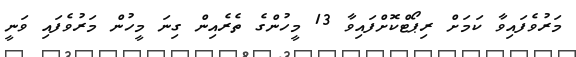
މަރުވެފައިވާ ކަމަށް ރިޕޯޓްކޮށްފައިވާ 13 މީހުންގެ ތެރެއިން ގިނަ މީހުން މަރުވެފައި ވަނީ